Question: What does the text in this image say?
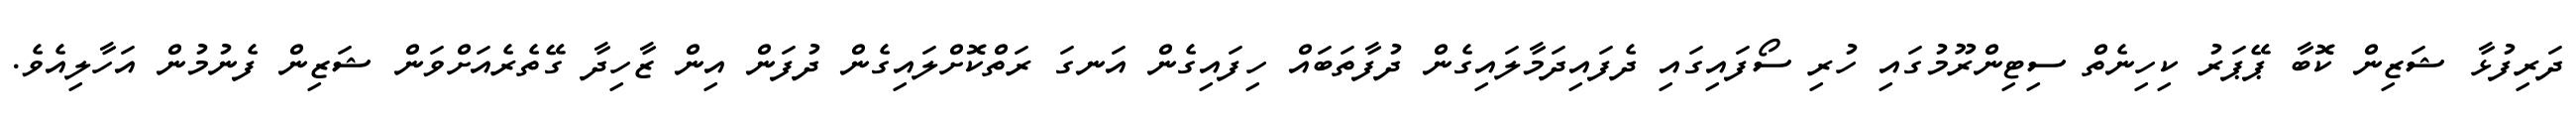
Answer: ދަރިފުޅާ ޝަޒިން ކޮބާ ޕޭޕަރު ކިހިނެތް ސިޓިންރޫމުގައި ހުރި ސޯފައިގައި ދެފައިދަމާލައިގެން ދުފާތަބައް ހިފައިގެން އަނގަ ރަތްކޮށްލައިގެން ދުފަން އިން ޒާހިދާ ގޭތެރެއަށްވަން ޝަޒިން ފެނުމުން އަހާލިއެވެ.